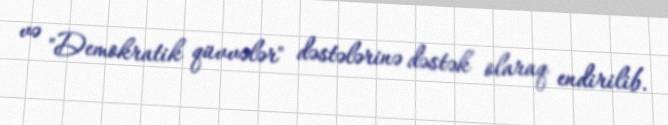
və "Demokratik qüvvələr" dəstələrinə dəstək olaraq endirilib.